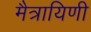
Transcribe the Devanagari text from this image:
मैत्रायिणी